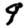
Digit: 9